Civil Veterinary Department Bengal reports 1923-33 - 1923-1933
Year: 1923
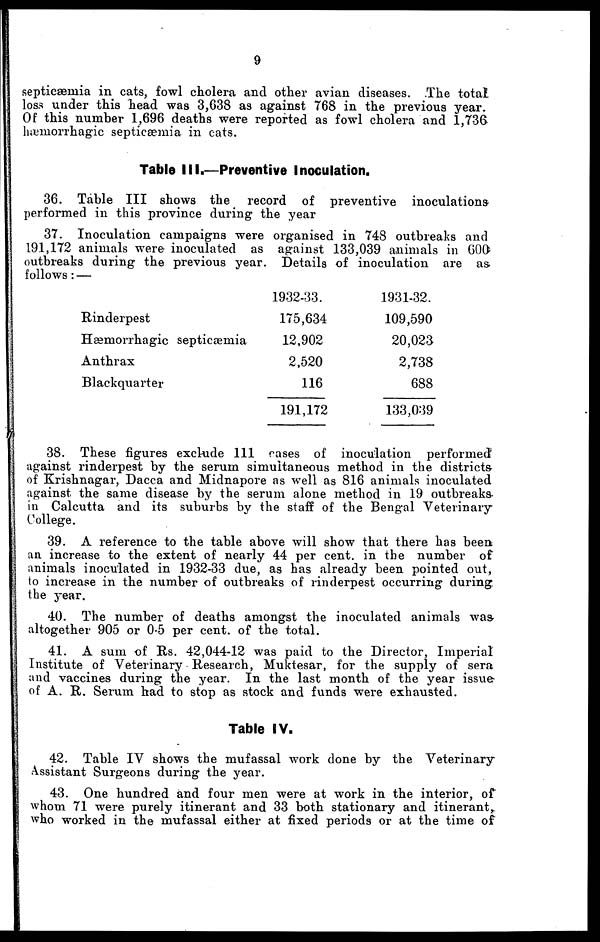
9
septicæmia in cats, fowl cholera and other avian diseases. The total
loss under this head was 3,638 as against 768 in the previous year.
Of this number 1,696 deaths were reported as fowl cholera and 1,736
hæmorrhagic septicæmia in eats.
Table III.—Preventive Inoculation.
36. Table III shows the record of preventive inoculations
performed in this province during the year
37. Inoculation campaigns were organised in 748 outbreaks and
191, 172 animals were inoculated as against 133,039 animals in GOO
outbreaks during the previous year. Details of inoculation are as.
follows: —
Rinderpest
Hæmorrhagic septicæmia
Anthrax
Blackquarter
1932-33.
175,634
12,902
2,520
116
191,172
1931-32.
109,590
20,023
2,738
688
133,039
38. These figures exclude 111 cases of inoculation performed
against rinderpest by the serum simultaneous method in the districts
of Krishnagar, Dacca and Midnapore as well as 816 animals inoculated
against the same disease by the serum alone method in 19 outbreaks-
in Calcutta and its suburbs by the staff of the Bengal Veterinary
College.
39. A reference to the table above will show that there has been
an increase to the extent of nearly 44 per cent. in the number of
animals inoculated in 1932-33 due, as has already been pointed out,
to increase in the number of outbreaks of rinderpest occurring during,
the year.
40. The number of deaths amongst the inoculated animals was
altogether 905 or 0.5 per cent. of the total.
41. A sum of Rs. 42,044-12 was paid to the Director, Imperial
Institute of Veterinary Research, Muktesar, for the supply of sera
and vaccines during the year. In the last month of the year issue
of A. R. Serum had to stop as stock and funds were exhausted.
Table IV.
42. Table IV shows the mufassal work done by the Veterinary
Assistant Surgeons during the year.
43. One hundred and four men were at work in the interior, of
whom 71 were purely itinerant and 33 both stationary and itinerant,
who worked in the mufassal either at fixed periods or at the time of